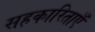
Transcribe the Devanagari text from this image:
सहकारिताएँ